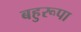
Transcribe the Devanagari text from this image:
बहुरूपा